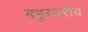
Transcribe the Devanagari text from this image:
बहुस्‍तरीय